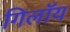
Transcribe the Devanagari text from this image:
गिलॉय